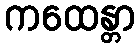
ကထေန္တာ